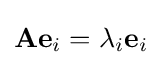
\mathbf {Ae} _{i}=\lambda _{i}\mathbf {e} _{i}